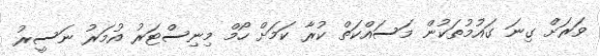
ވަރަށް ގިނަ ގައުމުތަކުން މަސައްކަތް ކުރާ ކަމަށް ހޯމް މިނިސްޓަރު އުމަރު ނަސީރު